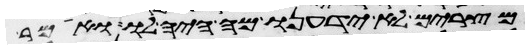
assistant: מצרים לא ידענו מה היה לו ואמר